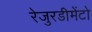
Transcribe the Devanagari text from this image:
रेजुरडीमेंटो